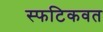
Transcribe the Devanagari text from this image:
स्फटिकवत